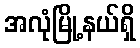
အလုံမြို့နယ်ရှိ